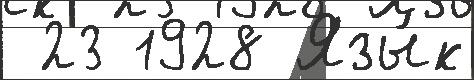
 23 1928 Язы́к